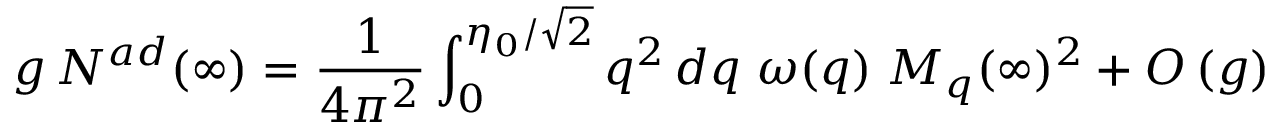
g \, { \cal N } ^ { a d } ( \infty ) = { \frac { 1 } { 4 \pi ^ { 2 } } } \int _ { 0 } ^ { \eta _ { 0 } / \sqrt 2 } q ^ { 2 } \, d q \; \omega ( q ) \; M _ { q } ( \infty ) ^ { 2 } + { \cal O } \left( g \right)